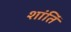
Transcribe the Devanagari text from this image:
शांतिं